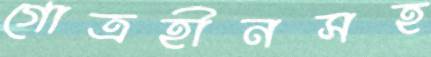
গোত্রহীনসহ